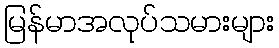
မြန်မာအလုပ်သမားများ